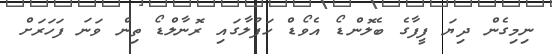
ނިމިގެން ދިޔަ ފީފާގެ ބެލޮންޑޯ އެވޯޑް ހަފުލާގައި ރޮނާލްޑޯ ތިން ވަނަ ފަހަރަށް